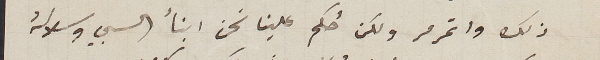
ذلك واتمرمر ولكن حُكم علينا نحن ابنأ السبي وسلالة